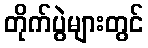
တိုက်ပွဲများတွင်